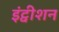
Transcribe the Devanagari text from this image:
इंट्वीशन